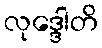
လုဒ္ဒေါတိ